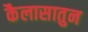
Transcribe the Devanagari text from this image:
कैलासातुन